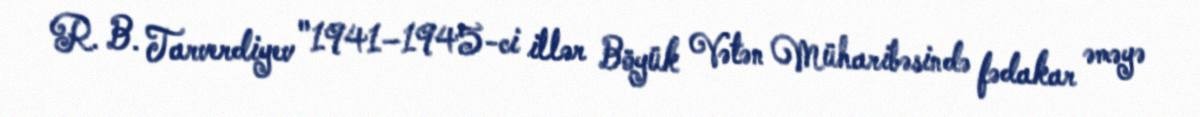
R. B. Tarverdiyev "1941–1945-ci illər Böyük Vətən Müharibəsində fədakar əməyə